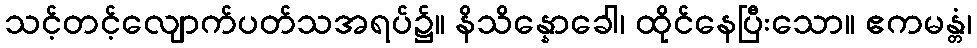
သင့်တင့်လျောက်ပတ်သအရပ်၌။ နိသိန္နောခေါ၊ ထိုင်နေပြီးသော။ ဧကမန္တံ၊